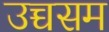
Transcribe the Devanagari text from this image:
उच्चसम